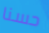
حسنا